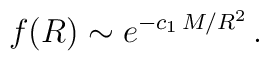
f(R) \sim e^{-c_1 \, M / R^2} \, .